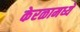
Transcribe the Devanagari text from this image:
केरळामध्ये